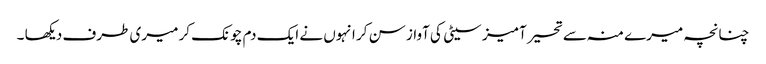
چنانچہ میرے منہ سے تحیر آمیز سیٹی کی آواز سن کر انہوں نے ایک دم چونک کر میری طرف دیکھا ۔